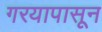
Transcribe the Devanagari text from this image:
गरयापासून